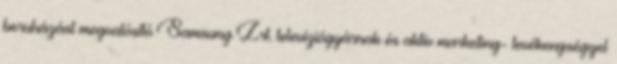
beruházást megvalósító Samsung Zrt. televíziógyárnak és aktív marketing- tevékenységgel